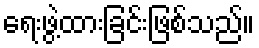
ရေးဖွဲ့ထားခြင်းဖြစ်သည်။